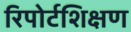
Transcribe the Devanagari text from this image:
रिपोर्टशिक्षण